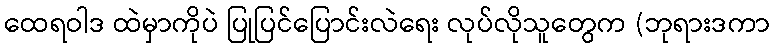
ထေရဝါဒ ထဲမှာကိုပဲ ပြုပြင်ပြောင်းလဲရေး လုပ်လိုသူတွေက (ဘုရားဒကာ